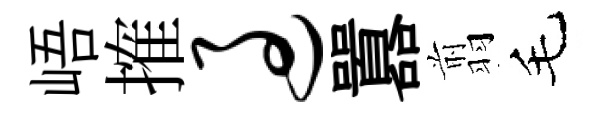
峿搉过囂翦毛